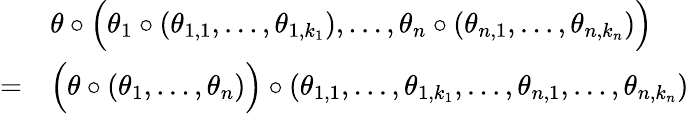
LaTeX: {\begin{array}{rl}&{\theta\circ{\Big(}\theta_{1}\circ(\theta_{1,1},\ldots,\theta_{1,k_{1}}),\ldots,\theta_{n}\circ(\theta_{n,1},\ldots,\theta_{n,k_{n}}){\Big)}}\\ {=}&{{\Big(}\theta\circ(\theta_{1},\ldots,\theta_{n}){\Big)}\circ(\theta_{1,1},\ldots,\theta_{1,k_{1}},\ldots,\theta_{n,1},\ldots,\theta_{n,k_{n}})}\end{array}}